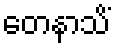
တေနာသိံ